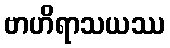
ဗာဟိရာသယဿ